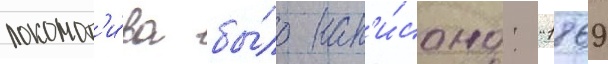
локомот'и́ва бы́ло нап'и́сано: "1869